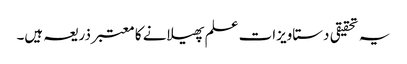
یہ تحقیقی دستاویزات علم پھیلانے کا معتبر ذریعہ ہیں۔